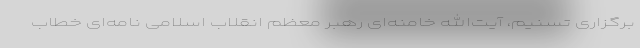
برگزاری تسنیم، آیت‌الله خامنه‌ای رهبر معظم انقلاب اسلامی نامه‌ای خطاب